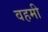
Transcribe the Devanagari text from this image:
वहमी